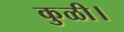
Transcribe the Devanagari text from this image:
कुळी।